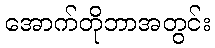
အောက်တိုဘာအတွင်း